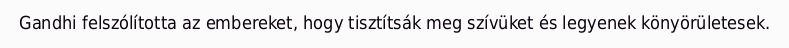
Gandhi felszólította az embereket, hogy tisztítsák meg szívüket és legyenek könyörületesek.